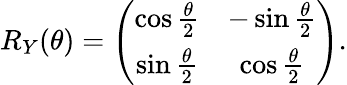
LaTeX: R_{Y}(\theta)=\left(\begin{array}{cc}{\cos\frac{\theta}{2}}&{-\sin\frac{\theta}{2}}\\ {\sin\frac{\theta}{2}}&{\cos\frac{\theta}{2}}\end{array}\right).